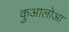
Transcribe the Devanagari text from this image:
कुआलोआ